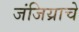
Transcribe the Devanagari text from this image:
जंजिय्राचे